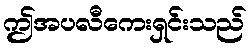
ဤအပလီကေးရှင်းသည်